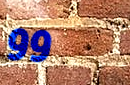
99¢